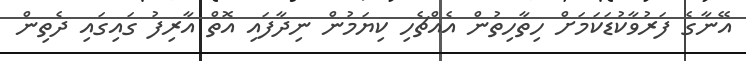
އޭނާގެ ފަރުވާކުޑަކަމަށް ހިތާހިތުން އެއްޗެހި ކިޔަމުން ނިދާފައި އޮތް އާރިފު ގައިގައި ދެތިން